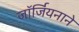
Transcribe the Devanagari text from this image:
जॉर्जियनाने